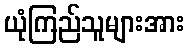
ယုံကြည်သူများအား